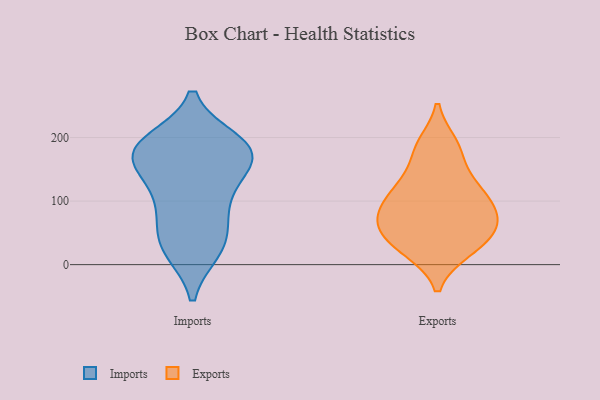
{"axis": {"x": "Revenue (USD Million)", "y": "Value"}, "legend": ["Exports", "Imports"], "data": [{"x": "", "y": 188, "type": "Imports"}, {"x": "", "y": 24, "type": "Imports"}, {"x": "", "y": 160, "type": "Imports"}, {"x": "", "y": 173, "type": "Imports"}, {"x": "", "y": 23, "type": "Imports"}, {"x": "", "y": 176, "type": "Imports"}, {"x": "", "y": 84, "type": "Imports"}, {"x": "", "y": 58, "type": "Imports"}, {"x": "", "y": 193, "type": "Imports"}, {"x": "", "y": 182, "type": "Imports"}, {"x": "", "y": 114, "type": "Imports"}, {"x": "", "y": 154, "type": "Imports"}, {"x": "", "y": 111, "type": "Imports"}, {"x": "", "y": 185, "type": "Imports"}, {"x": "", "y": 33, "type": "Imports"}, {"x": "", "y": 112, "type": "Exports"}, {"x": "", "y": 26, "type": "Exports"}, {"x": "", "y": 64, "type": "Exports"}, {"x": "", "y": 178, "type": "Exports"}, {"x": "", "y": 188, "type": "Exports"}, {"x": "", "y": 42, "type": "Exports"}, {"x": "", "y": 68, "type": "Exports"}, {"x": "", "y": 71, "type": "Exports"}, {"x": "", "y": 127, "type": "Exports"}, {"x": "", "y": 84, "type": "Exports"}, {"x": "", "y": 115, "type": "Exports"}, {"x": "", "y": 23, "type": "Exports"}]}